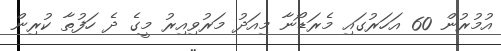
އުމުރުން 60 އަހަރުގައި މެރަޑޯނާ މިއަދު މަރުވިއިރު މީގެ ދެ ހަފުތާ ކުރިން